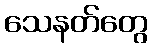
သေနတ်တွေ